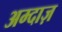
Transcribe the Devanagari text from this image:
अम्दाज़